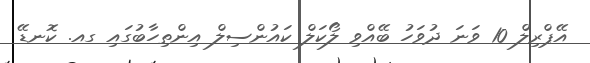
އޭޕްރިލް 10 ވަނަ ދުވަހު ބޭއްވި ލޯކަލް ކައުންސިލް އިންތިހާބުގައި ގއ. ކޮނޑޭ